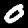
Digit: 0